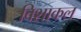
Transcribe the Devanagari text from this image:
विशाकल